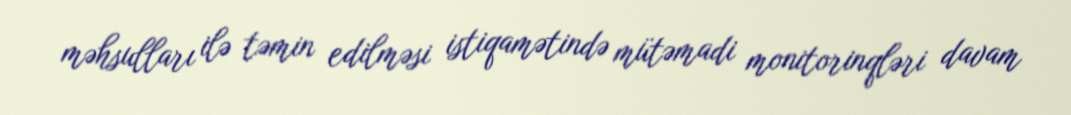
məhsulları ilə təmin edilməsi istiqamətində mütəmadi monitorinqləri davam